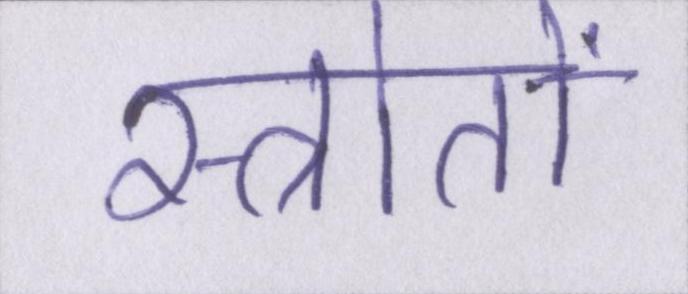
स्त्रोतों